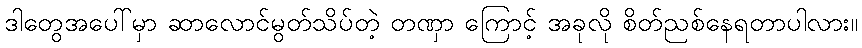
ဒါတွေအပေါ်မှာ ဆာလောင်မွတ်သိပ်တဲ့ တဏှာ ကြောင့် အခုလို စိတ်ညစ်နေရတာပါလား။